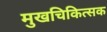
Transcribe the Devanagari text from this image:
मुखचिकित्सक